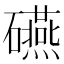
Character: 𥗕